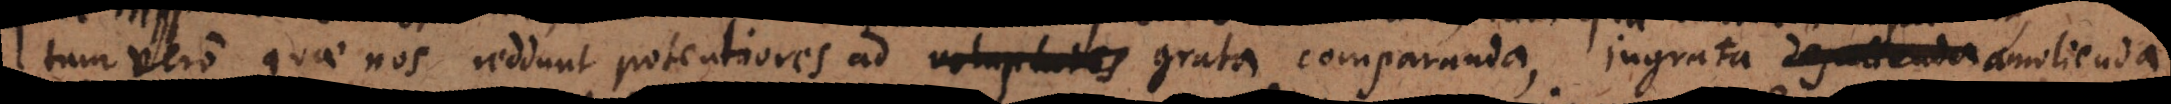
tum vero quae nos reddunt potentiores ad voluptates grata comparanda, ingrata amolienda